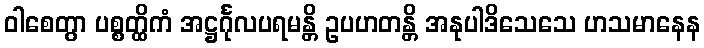
ဝါစေတွာ ပစ္စတ္ထိကံ အဋ္ဌင်္ဂုလပရမန္တိ ဥပဟတန္တိ အနုပါဒိသေသေ ဟသမာနေန